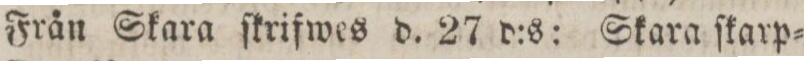
Från Skara ſkrifwes d. 27 d:s: Skara ſkarp=